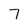
Character: 7